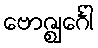
ဗောဇ္ဈင်္ဂေါ